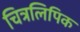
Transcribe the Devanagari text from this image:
चित्रलिपिक